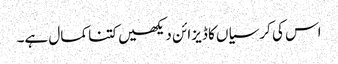
اس کی کرسیاں کا ڈیزائن دیکھیں کتنا کمال ہے۔